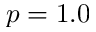
p = 1 . 0